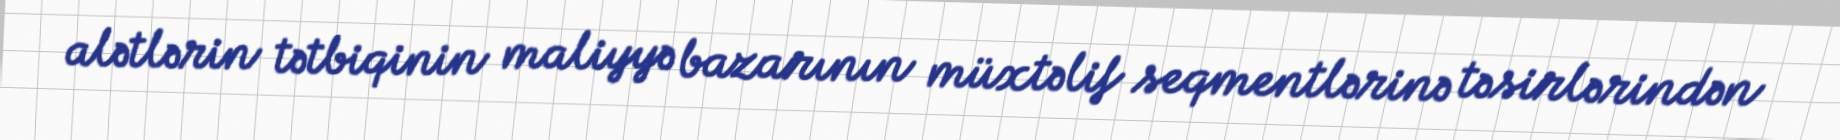
alətlərin tətbiqinin maliyyə bazarının müxtəlif seqmentlərinə təsirlərindən